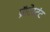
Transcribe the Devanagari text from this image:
प्रॅाटेस्टंट